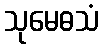
သုမေဓသံ